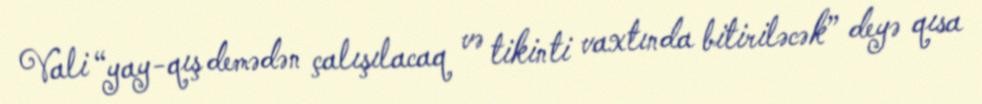
Vali “yay-qış demədən çalışılacaq və tikinti vaxtında bitiriləcək” deyə qısa